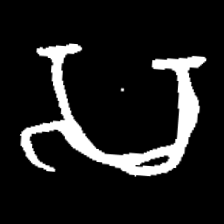
Pyu character \u2014 Myanmar letter: သ (romanized: sa)